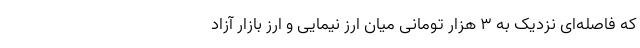
که فاصله‌ای نزدیک به ۳ هزار تومانی میان ارز نیمایی و ارز بازار آزاد